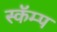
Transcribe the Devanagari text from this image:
स्कॅम्प